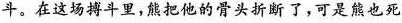
斗。在这场搏斗里，熊把他的骨头折断了，可是熊也死